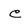
Character: c